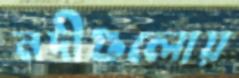
নদীগুলোয়